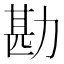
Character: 勘